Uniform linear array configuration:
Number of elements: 16
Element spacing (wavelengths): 0.5
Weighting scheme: cosine
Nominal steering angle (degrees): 15
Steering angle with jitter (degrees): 13.936
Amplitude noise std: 0.05
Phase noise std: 0.05

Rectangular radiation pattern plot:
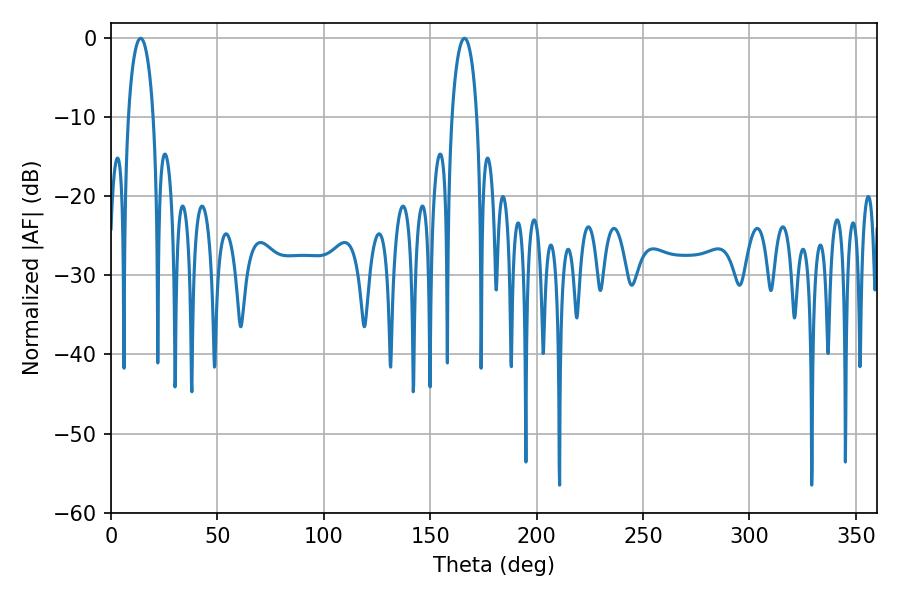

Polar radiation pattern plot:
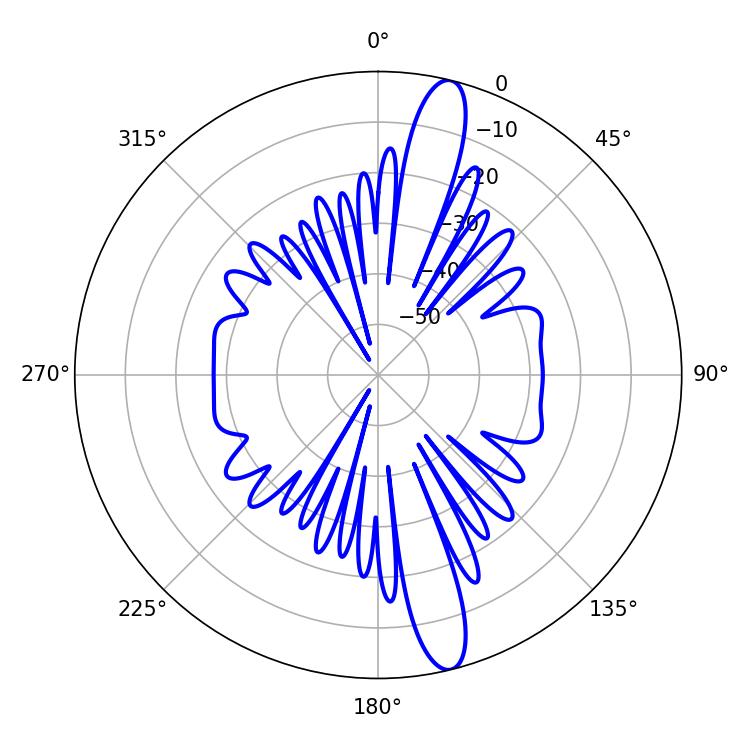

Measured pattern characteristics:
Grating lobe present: FALSE
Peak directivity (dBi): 15.111
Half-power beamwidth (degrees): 6.66
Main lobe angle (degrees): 13.86